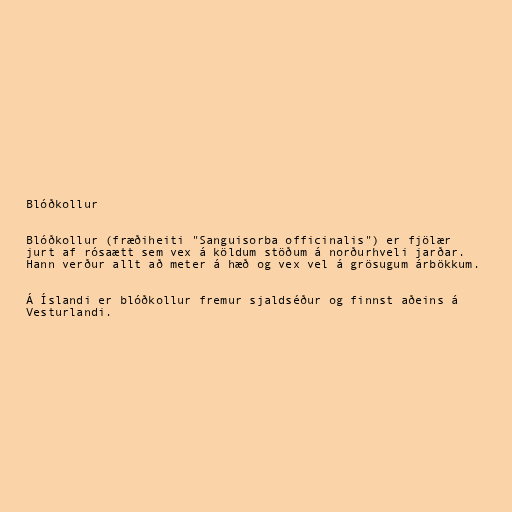
Blóðkollur

Blóðkollur (fræðiheiti "Sanguisorba officinalis") er fjölær
jurt af rósaætt sem vex á köldum stöðum á norðurhveli jarðar.
Hann verður allt að meter á hæð og vex vel á grösugum árbökkum.

Á Íslandi er blóðkollur fremur sjaldséður og finnst aðeins á
Vesturlandi.